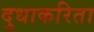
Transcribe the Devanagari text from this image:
दुधाकरिता